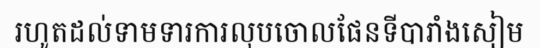
រហូតដល់ទាមទារការលុបចោលផែនទីបារាំងសៀម